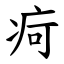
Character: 疴